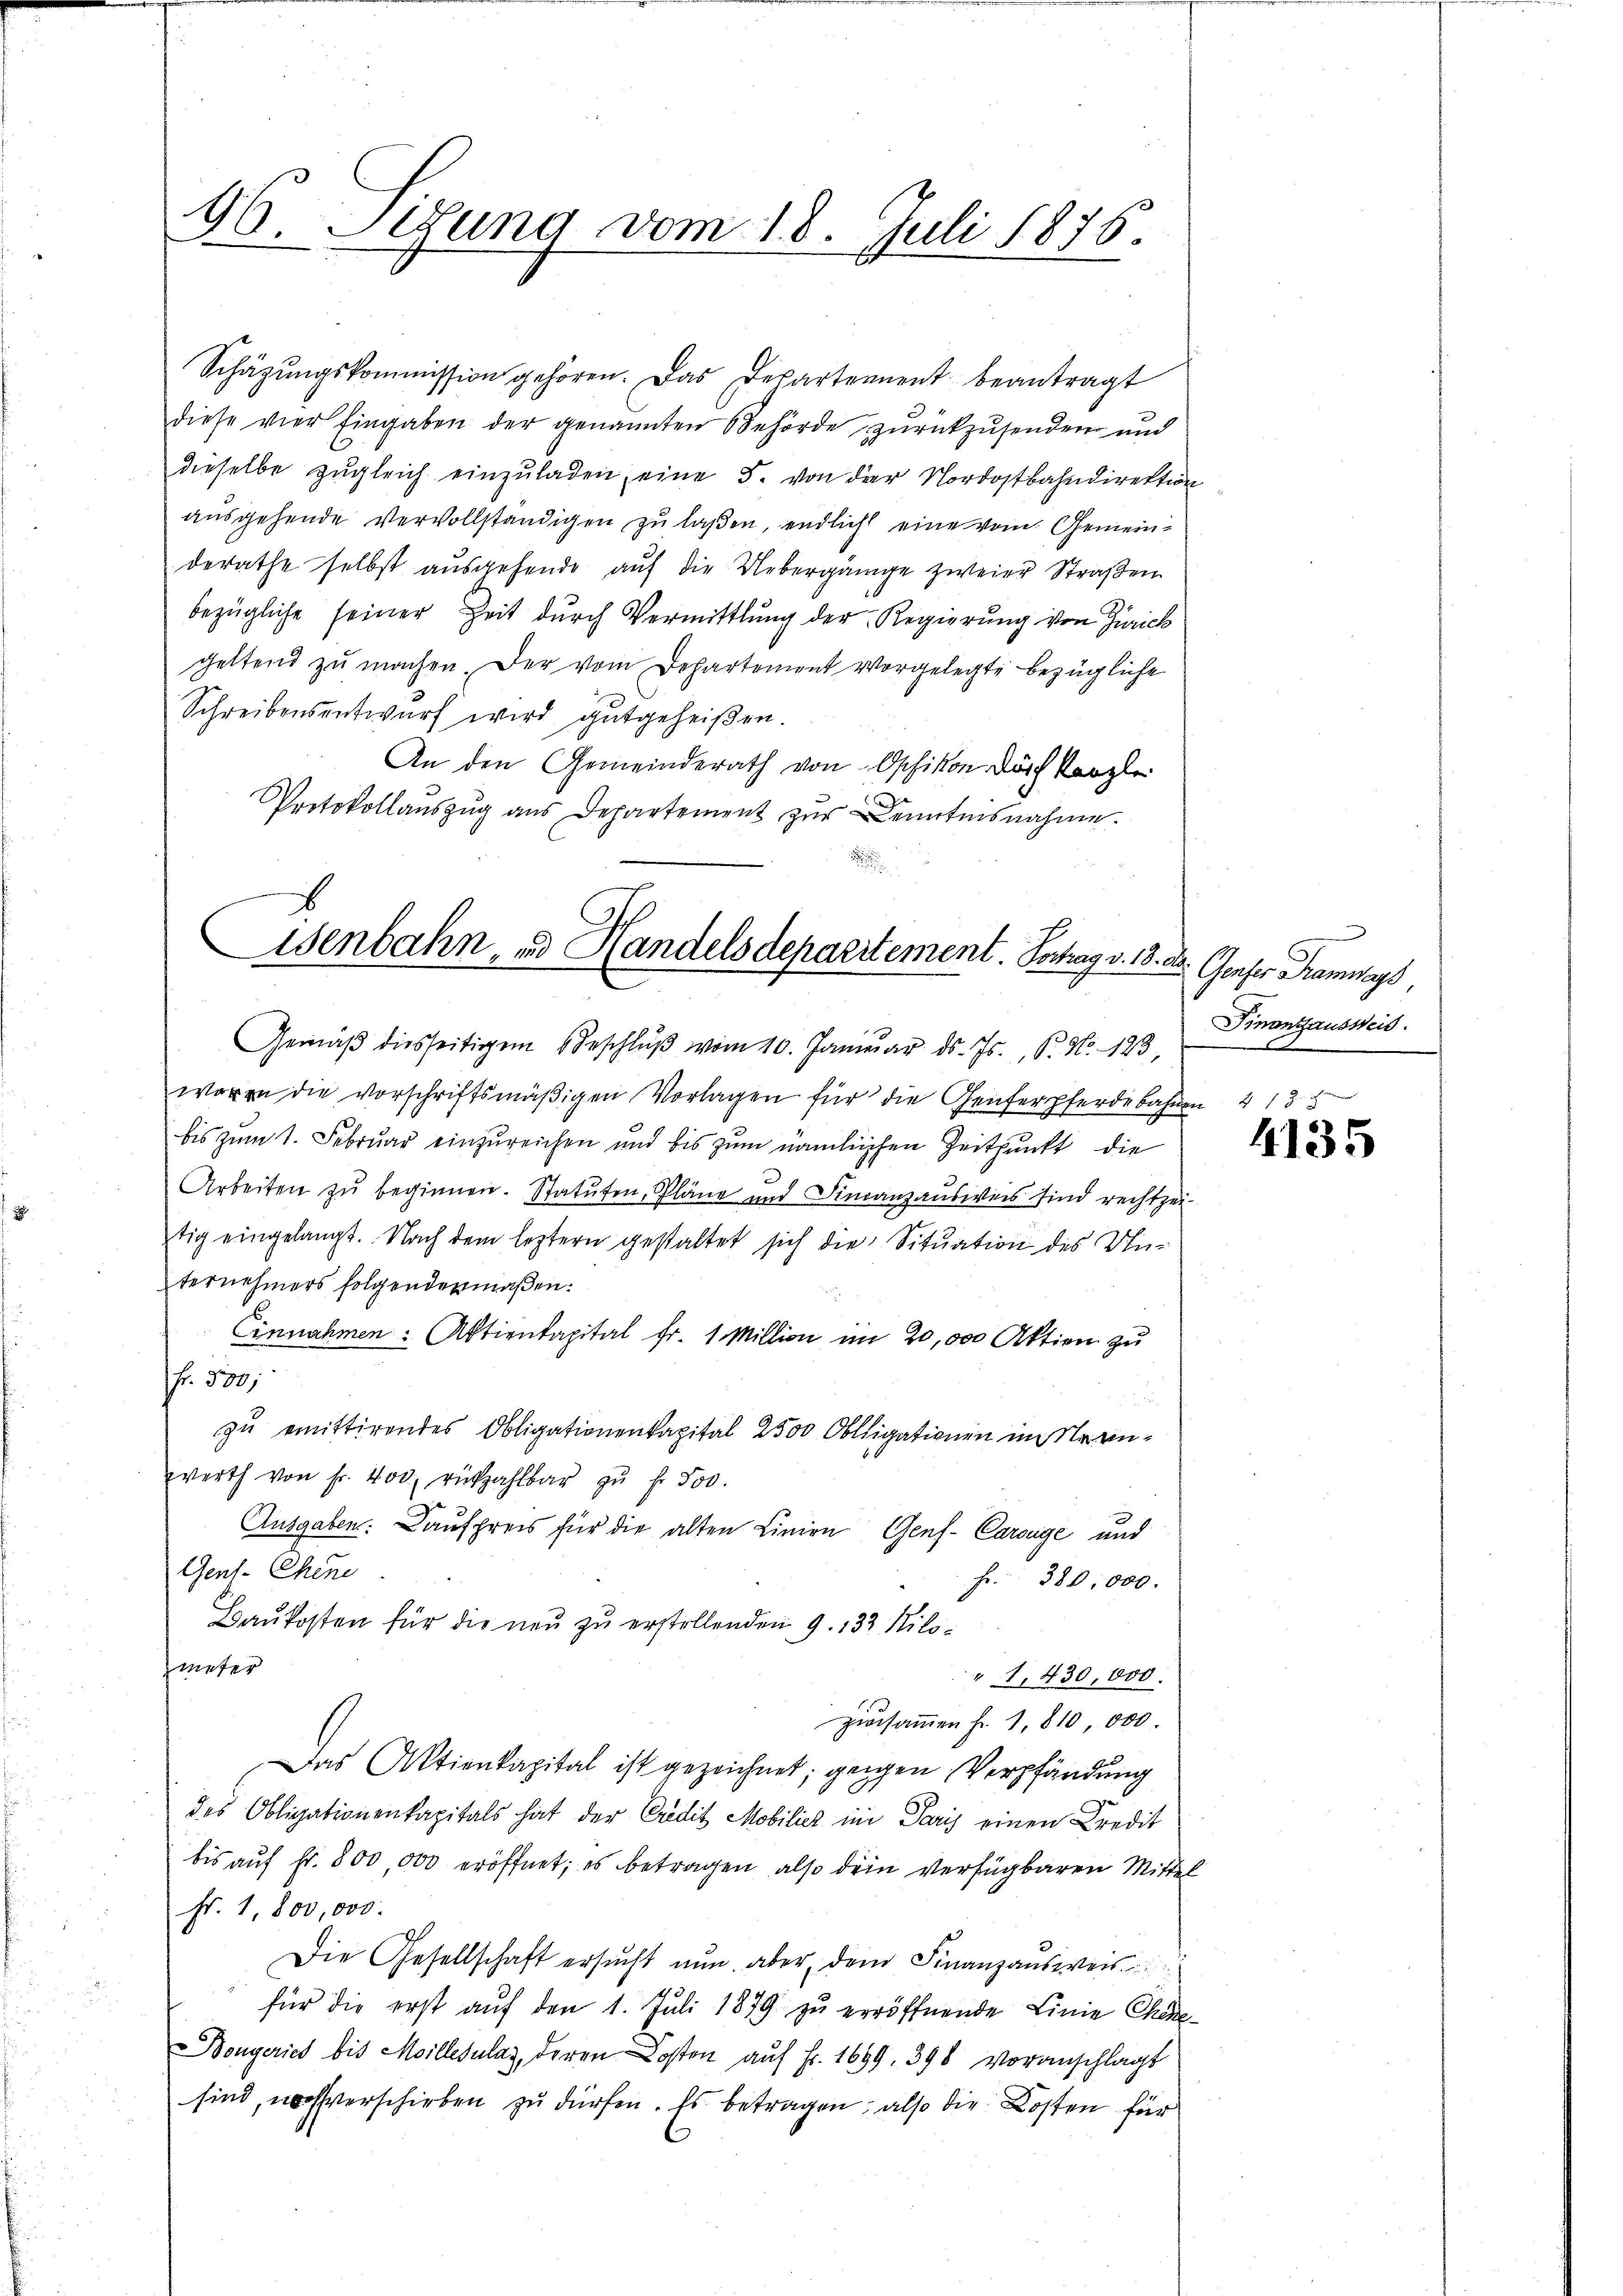
96. Setzung vom 18. Juli 1876.

Schäzŭngskommission gehören. Das Departement beantragt
diese vier Eingaben der genannten Behörde zurückzusenden und
dieselbe zŭgleich einzŭladen, eine 5. von der Nordostbahndirektion
aŭsgehende vervollständigen zu laßen, endlich eine vom Gemeinderathe selbst aŭsgehende aŭf die Uebergänge zweier Straßen
bezügliche seiner Zeit durch Vermittlung der Regierung von Zürich
geltend zu machen. Der vom Departement vorgelegte bezügliche
Schreibensentwurf wird gutgeheißen.
An den Gemeinderath von Opfikon Dorf Kanzle
Protokollauszug aus Departement zur Kenntnisnahme.

Wenbahn, und Handelsdepartement. Portrag v. 18. d.

Gemäβ diesseitigem Beschlŭβ vom 10. Januar d. Js., P. Nr. 123
woren die vorschriftsmäßigen Vorlagen für die Genferpferdebahnen 4 13
bis zum 1. Februar einzureichen und bis zum nämlichen Zeitpunkt die
Arbeiten zŭ beginnen. Statuten, Pläne und Finanzausweis sind rechtzeitig eingelangt. Nach dem leztern gestaltet sich die Situation des Unternehmers folgendenmaßen:
Einnahmen: Aktienkapital Fr. 1 Million im 20,000 Aktien zu
f. 530.
zu emittirendes Obligationenkapital 2500 Obligationen in Stranwerth von Fr. 400. rückzahlbar zŭ f. 500.
Ausgaben: Kaufpreis für die alten Linien Genf- Carouge und
Gent. Chine
Fr. 380,000.
Baukosten für die neu zu erstellenden 9. 132 Kilometer
" 1, 430,000.
zusammen Fr. 1810,000.
Das Aktienkapital ist gezeichnet; gegen Verpfändung
des Obligationenkapitals hat der Credit Mobiliez in Paris einen Credit
bis aŭf fr. 800,000 eröffnet; es betragen, also dein verfügbaren Mittel
Fr. 1,800,000.
Die Gesellschaft ersucht nun aber dem Finanzausweis
für die erst auf den 1. Juli 1879 zŭ erröffnende Linie Chine-
Bongerich bis Millesalaz, deren Kosten auf Fr. 1699. 398 voranschlagt
sind, verschieben zu dürfen. Es betragen, also die Kosten für

.
Genfer Tramways,
Finanzzausweis

4135